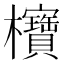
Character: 𪴥